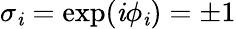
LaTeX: \sigma_{\mathit{i}}=\exp(\mathrm{{\mathit{i}}}\phi_{\mathit{i}})=\pm1